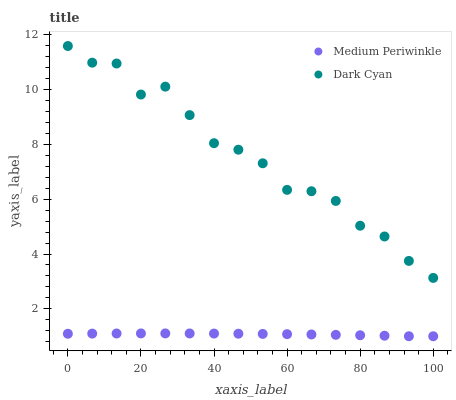
| xaxis_label | Medium Periwinkle | Dark Cyan |
 | --- | --- | --- |
 | 0 | 1.09 | 11.6 |
 | 6.67 | 1.1 | 11 |
 | 13.3 | 1.1 | 10.9 |
 | 20 | 1.1 | 9.82 |
 | 26.7 | 1.1 | 10.1 |
 | 33.3 | 1.1 | 9.07 |
 | 40 | 1.1 | 8.04 |
 | 46.7 | 1.09 | 7.8 |
 | 53.3 | 1.09 | 7.31 |
 | 60 | 1.08 | 6.34 |
 | 66.7 | 1.06 | 6.29 |
 | 73.3 | 1.05 | 5.94 |
 | 80 | 1.04 | 5.03 |
 | 86.7 | 1.02 | 4.64 |
 | 93.3 | 1 | 3.75 |
 | 100 | 1 | 3.13 |